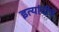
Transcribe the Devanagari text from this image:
इत्यांदीचे